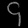
Digit: ၄